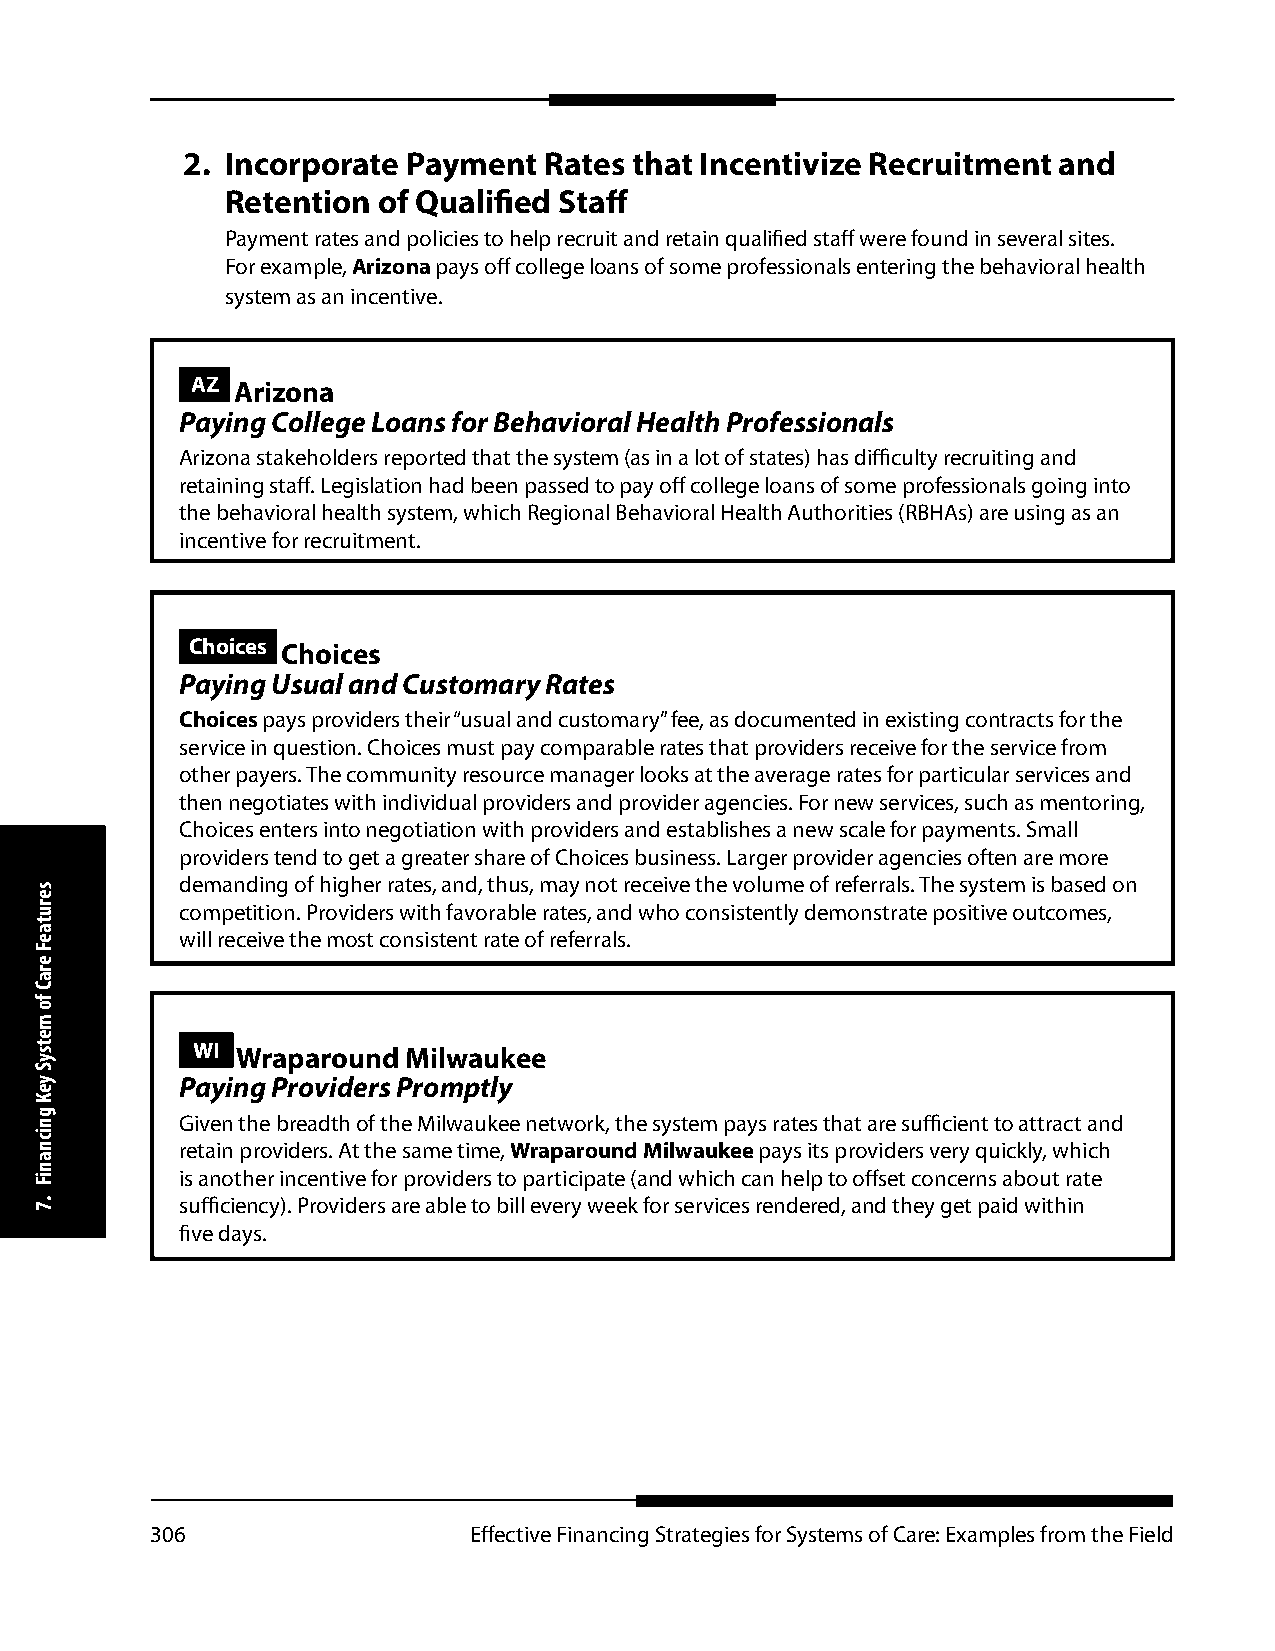
2. Incorporate Payment  Rates that Incentivize Recruitment and
 Retention of Qualified Staff
 Payment rates and policies to help recruit and retain qualified staff were found in several sites.
 For example, Arizona pays off college loans of some professionals entering the behavioral health
 system as an incentive.
 AZ Arizona
 Paying College Loans for Behavioral Health Professionals
 Arizona stakeholders reported that the system (as in a lot of states) has difficulty recruiting and
 retaining staff. Legislation had been passed to pay off college loans of some professionals going into
 the behavioral health system, which Regional Behavioral Health Authorities (RBHAs) are using as an
 incentive for recruitment.
 Choices Choices
 Paying Usual and Customary Rates
 Choices pays providers their “usual and customary” fee, as documented in existing contracts for the
 service in question. Choices must pay comparable rates that providers receive for the service from
 other payers. The community resource manager looks at the average rates for particular services and
 then negotiates with individual providers and provider agencies. For new services, such as mentoring,
 Choices enters into negotiation with providers and establishes a new scale for payments. Small
 providers tend to get a greater share of Choices business. Larger provider agencies often are more
 demanding of higher rates, and, thus, may not receive the volume of referrals. The system is based on
 competition. Providers with favorable rates, and who consistently demonstrate positive outcomes,
 will receive the most consistent rate of referrals.
 WI Wraparound Milwaukee
 Paying Providers Promptly
 Given the breadth of the Milwaukee network, the system pays rates that are sufficient to attract and
 retain providers. At the same time, Wraparound Milwaukee pays its providers very quickly, which
 is another incentive for providers to participate (and which can help to offset concerns about rate
 sufficiency). Providers are able to bill every week for services rendered, and they get paid within
 five days.
 306                  Effective Financing Strategies for Systems of Care: Examples from the Field
 serutaeF
 eraC
 fo
 metsyS
 yeK
 gnicnaniF
 .7